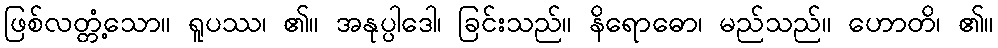
ဖြစ်လတ္တံ့သော။ ရူပဿ၊ ၏။ အနုပ္ပါဒေါ၊ ခြင်းသည်။ နိရောဓော၊ မည်သည်။ ဟောတိ၊ ၏။